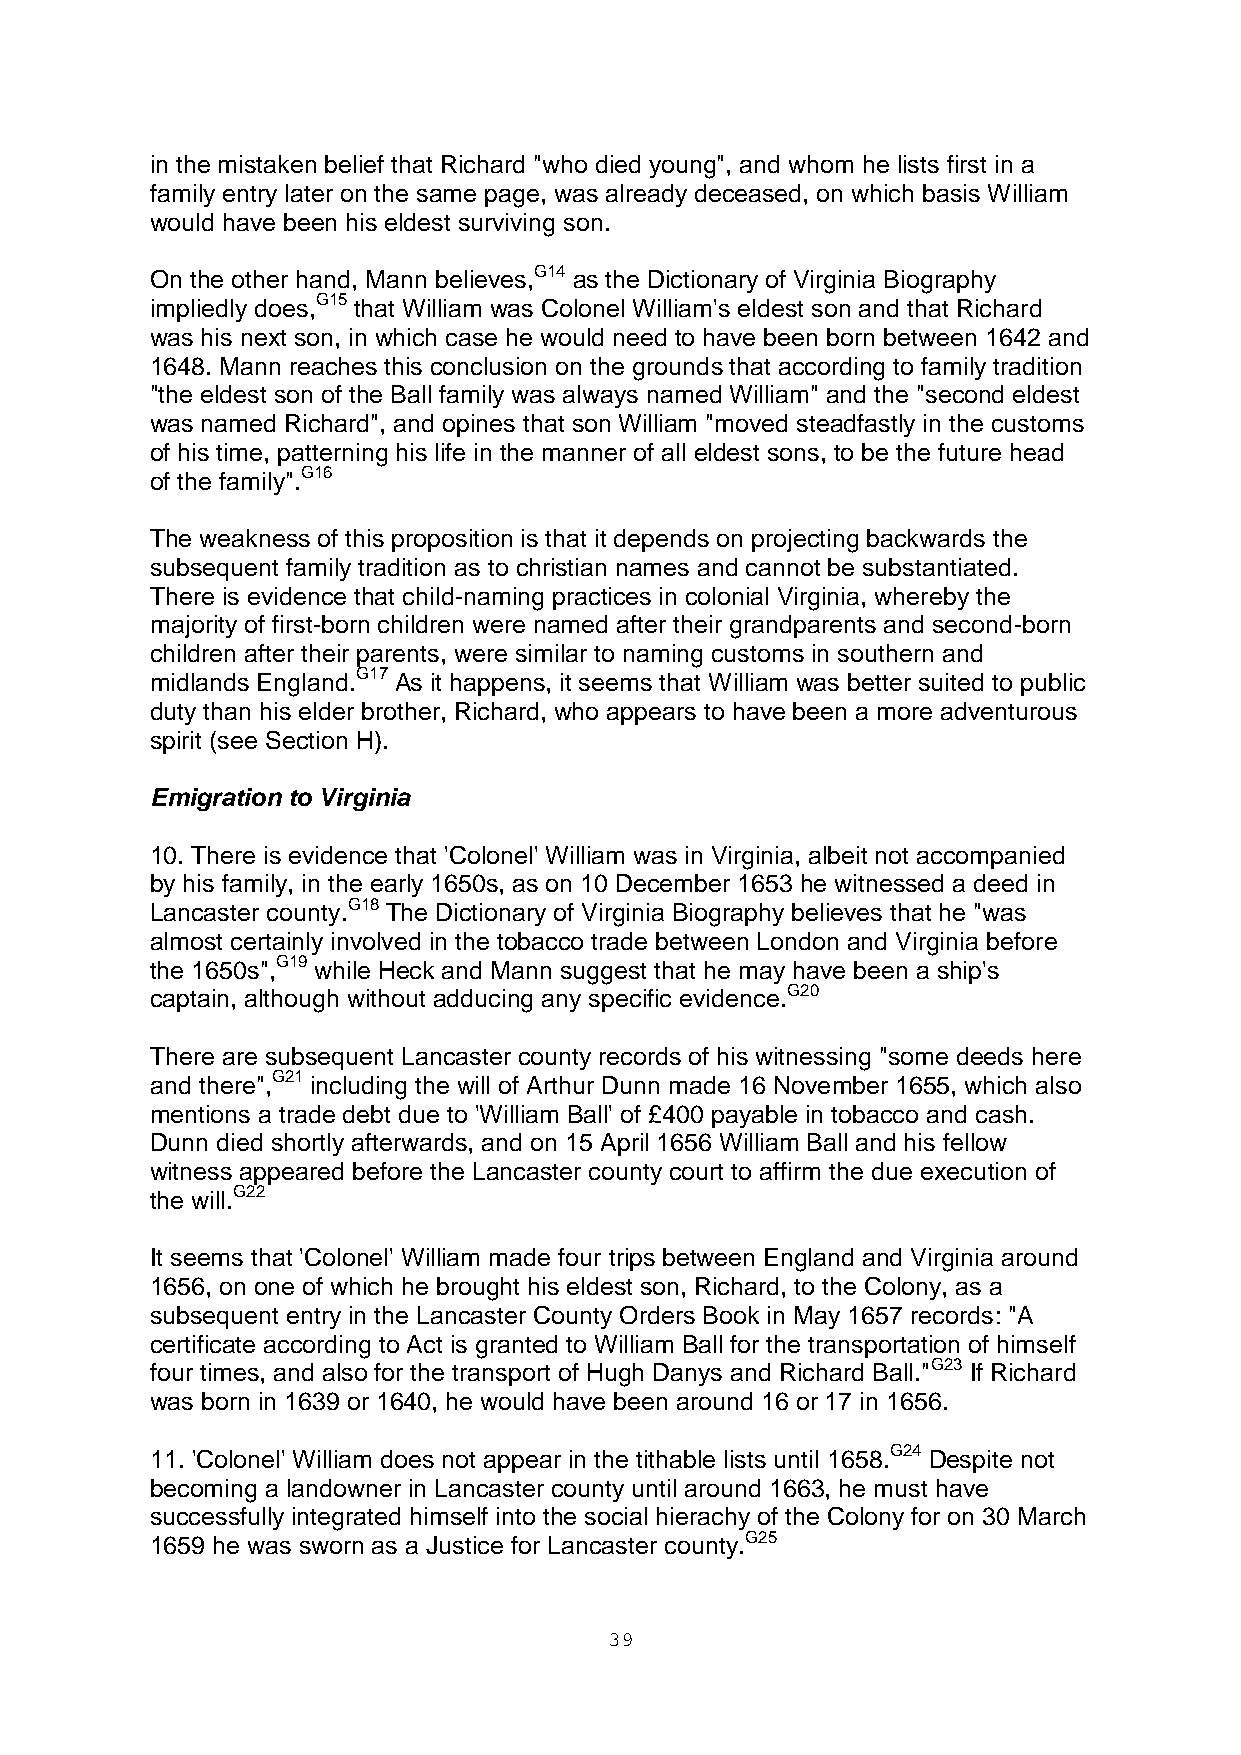
in the mistaken belief that Richard "who died young", and whom he lists first in a
 family entry later on the same page, was already deceased, on which basis William
 would have been his eldest surviving son.
 On the other hand, Mann believes,G14 as the Dictionary of Virginia Biography
 impliedly does,G15 that William was Colonel William's eldest son and that Richard
 was his next son, in which case he would need to have been born between 1642 and
 1648. Mann reaches this conclusion on the grounds that according to family tradition
 "the eldest son of the Ball family was always named William" and the "second eldest
 was named Richard", and opines that son William "moved steadfastly in the customs
 of his time, patterning his life in the manner of all eldest sons, to be the future head
 of the family".G16
 The weakness of this proposition is that it depends on projecting backwards the
 subsequent family tradition as to christian names and cannot be substantiated.
 There is evidence that child-naming practices in colonial Virginia, whereby the
 majority of first-born children were named after their grandparents and second-born
 children after their parents, were similar to naming customs in southern and
 midlands England.G17 As it happens, it seems that William was better suited to public
 duty than his elder brother, Richard, who appears to have been a more adventurous
 spirit (see Section H).
 Emigration to Virginia
 10. There is evidence that 'Colonel' William was in Virginia, albeit not accompanied
 by his family, in the early 1650s, as on 10 December 1653 he witnessed a deed in
 Lancaster county.G18 The Dictionary of Virginia Biography believes that he "was
 almost certainly involved in the tobacco trade between London and Virginia before
 the 1650s",G19 while Heck and Mann suggest that he may have been a ship's
 captain, although without adducing any specific evidence.G20
 There are subsequent Lancaster county records of his witnessing "some deeds here
 and there",G21 including the will of Arthur Dunn made 16 November 1655, which also
 mentions a trade debt due to 'William Ball' of £400 payable in tobacco and cash.
 Dunn died shortly afterwards, and on 15 April 1656 William Ball and his fellow
 witness appeared before the Lancaster county court to affirm the due execution of
 the will.G22
 It seems that 'Colonel' William made four trips between England and Virginia around
 1656, on one of which he brought his eldest son, Richard, to the Colony, as a
 subsequent entry in the Lancaster County Orders Book in May 1657 records: "A
 certificate according to Act is granted to William Ball for the transportation of himself
 four times, and also for the transport of Hugh Danys and Richard Ball."G23 If Richard
 was born in 1639 or 1640, he would have been around 16 or 17 in 1656.
 11. 'Colonel' William does not appear in the tithable lists until 1658.G24 Despite not
 becoming a landowner in Lancaster county until around 1663, he must have
 successfully integrated himself into the social hierachy of the Colony for on 30 March
 1659 he was sworn as a Justice for Lancaster county.G25
 39